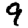
Digit: 9